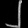
Digit: ၂